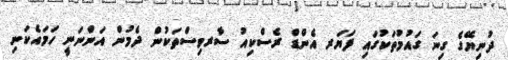
ދުނިޔޭގެ ގިނަ ގައުމުތަކުގައި ފަޔަރ އެންޑް ރެސްކިއު ސާރވިސްތަކުން ދެމުން އަންނަނީ ހަމައެކަނި